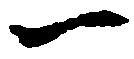
一